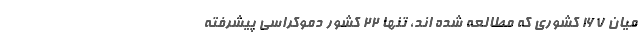
میان 167 کشوری که مطالعه شده ­اند، تنها 22 کشور دموکراسی پیشرفته